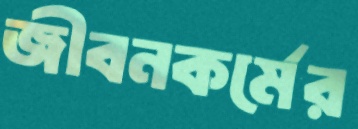
জীবনকর্মের